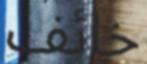
خائف